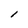
Character: l